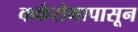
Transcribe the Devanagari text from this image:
कर्करोगापासून